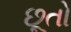
છૂતો